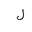
Letter: _lam